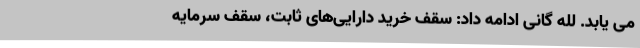
می یابد. لله گانی ادامه داد: سقف خرید دارایی‌های ثابت، سقف سرمایه